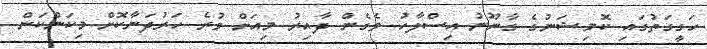
ހަގީގަތުގައި ކޮމިޝަނުގެ ގާނޫނު އިސްލާހު ވެގެން ދާއިރު މިއަށް ވުރެ ހަރުދަނާކޮށް މިކަންކަން